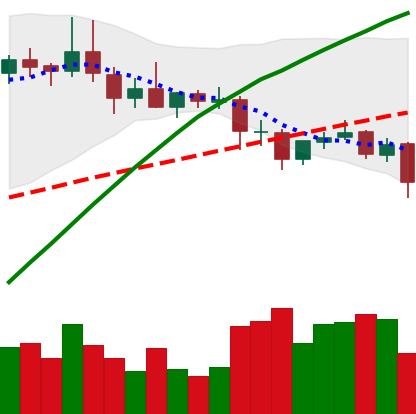
Ticker: DOGE-USD
Chart end date: 2020-09-02
Forward return: -9.962%
Label: down_7plus